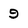
Character: 9